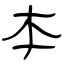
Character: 本